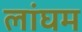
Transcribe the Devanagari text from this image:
लांघम